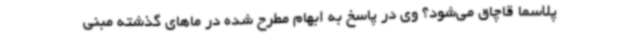
پلاسما قاچاق می‌شود؟ وی در پاسخ به ابهام مطرح شده در ماهای گذشته مبنی